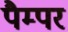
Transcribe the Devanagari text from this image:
पैम्पर